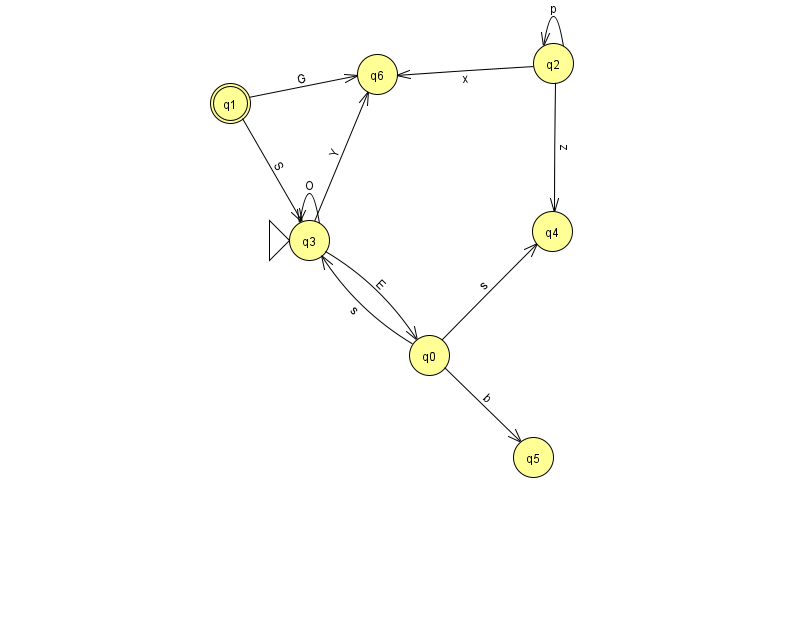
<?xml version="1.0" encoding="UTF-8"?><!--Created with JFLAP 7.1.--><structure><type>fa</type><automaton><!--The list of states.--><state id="0" name="q0"><x>429.0</x><y>342.0</y></state><state id="1" name="q1"><x>230.0</x><y>90.0</y><final/></state><state id="2" name="q2"><x>553.0</x><y>50.0</y></state><state id="3" name="q3"><x>309.0</x><y>227.0</y><initial/></state><state id="4" name="q4"><x>552.0</x><y>218.0</y></state><state id="5" name="q5"><x>533.0</x><y>444.0</y></state><state id="6" name="q6"><x>377.0</x><y>61.0</y></state><!--The list of transitions.--><transition><from>2</from><to>2</to><read>p</read></transition><transition><from>1</from><to>3</to><read>S</read></transition><transition><from>1</from><to>6</to><read>G</read></transition><transition><from>2</from><to>4</to><read>z</read></transition><transition><from>3</from><to>0</to><read>E</read></transition><transition><from>0</from><to>3</to><read>s</read></transition><transition><from>0</from><to>4</to><read>s</read></transition><transition><from>3</from><to>6</to><read>Y</read></transition><transition><from>0</from><to>5</to><read>b</read></transition><transition><from>2</from><to>6</to><read>x</read></transition><transition><from>3</from><to>3</to><read>O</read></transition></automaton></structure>